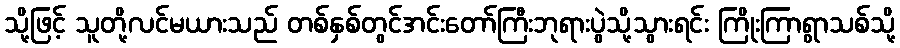
သို့ဖြင့် သူတို့လင်မယားသည် တစ်နှစ်တွင်အင်းတော်ကြီးဘုရားပွဲသို့သွားရင်း ကြိုးကြာရွာသစ်သို့